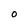
Character: O